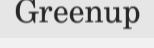
Greenup